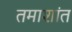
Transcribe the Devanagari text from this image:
तमाशांत